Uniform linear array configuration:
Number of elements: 32
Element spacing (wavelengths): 0.5
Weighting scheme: exponential
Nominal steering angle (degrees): -30
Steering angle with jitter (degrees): -29.173
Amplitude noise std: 0.05
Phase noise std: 0.05

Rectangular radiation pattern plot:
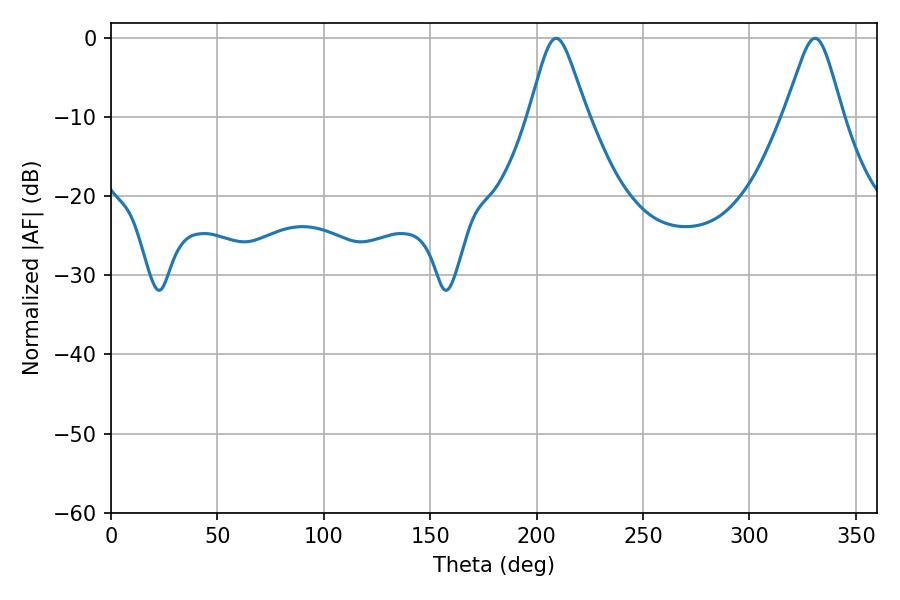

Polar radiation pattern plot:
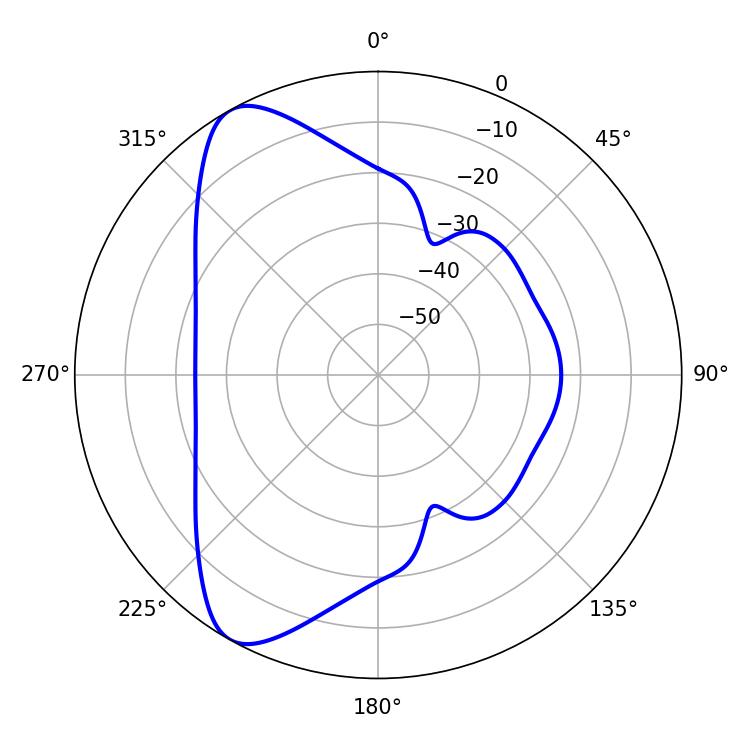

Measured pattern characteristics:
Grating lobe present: FALSE
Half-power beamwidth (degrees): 13.14
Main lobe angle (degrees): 209.16